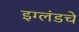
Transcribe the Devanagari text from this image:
इग्लंडचे